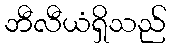
ဘီလီယံရှိသည်